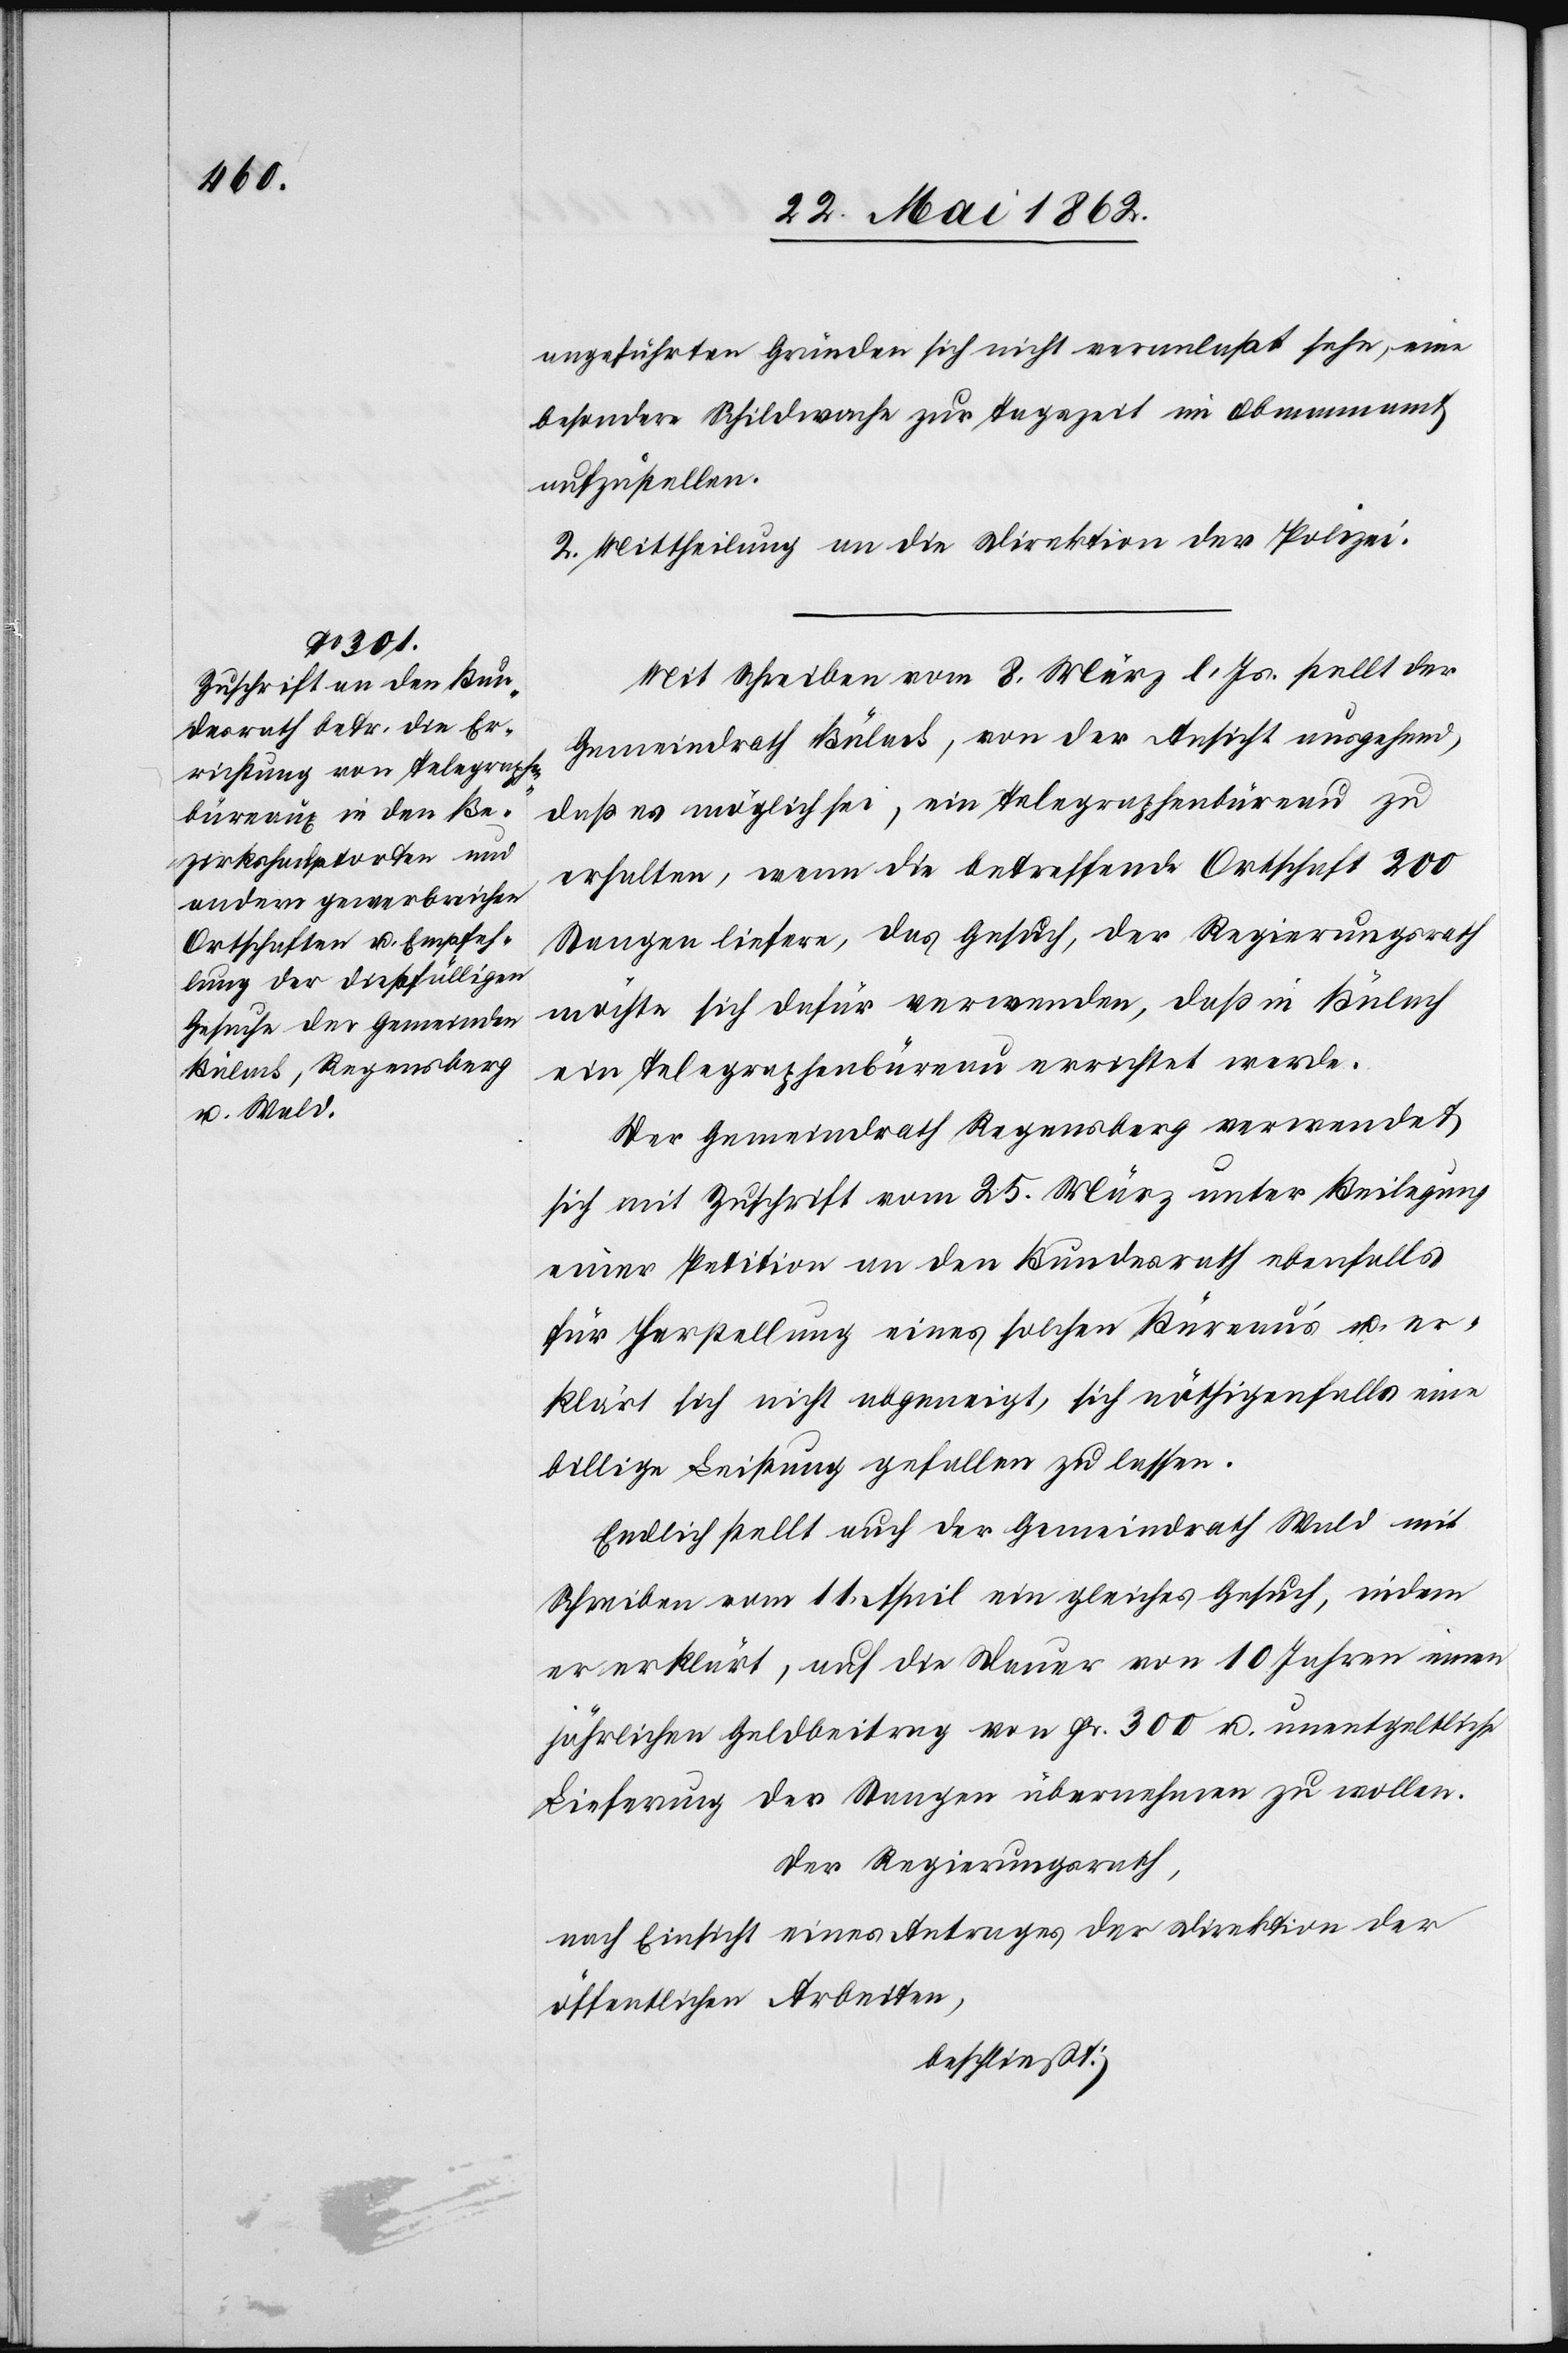
angeführten Gründen sich nicht veranlaßt sehe, eine
besondere Schildwache zur Tagszeit im Obmannamt
aufzustellen.
2. Mittheilung an die Direktion der Polizei.
Mit Schreiben vom 8. März l. Js. stellt der
Gemeindrath Bülach, von der Ansicht ausgehend,
daß es möglich sei, ein Telegraphenbüreau zu
erhalten, wenn die betreffende Ortschaft 200
Stangen liefere, das Gesuch, der Regierungsrath
möchte sich dafür verwenden, daß in Bülach
ein Telegraphenbüreau errichtet werde.
Der Gemeindrath Regensberg verwendet
sich mit Zuschrift vom 25. März unter Beilegung
einer Petition an den Bundesrath ebenfalls
für Herstellung eines solchen Büreau’s u. er¬
klärt sich nicht abgeneigt, sich nöthigenfalls eine
billige Leistung gefallen zu lassen.
Endlich stellt auch der Gemeindrath Wald mit
Schreiben vom 11. April ein gleiches Gesuch, indem
er erklärt auf die Dauer von 10 Jahren einen
jährlichen Geldbeitrag von Fr. 300 u. unentgeltliche
Lieferung der Stangen übernehmen zu wollen.
Der Regierungsrath,
nach Einsicht eines Antrages der Direktion der
öffentlichen Arbeiten,
beschließt: